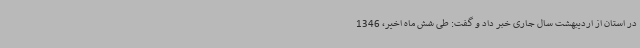
در استان از اردیبهشت سال جاری خبر داد و گفت: طی شش ماه اخیر، 1346